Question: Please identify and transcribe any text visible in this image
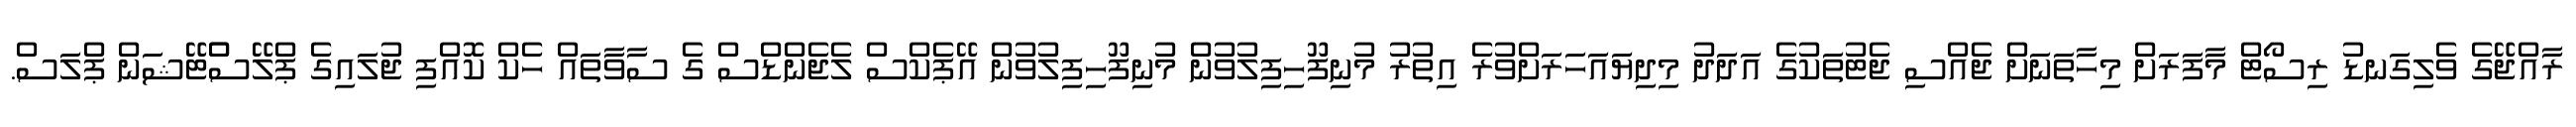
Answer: ރާއްޖޭގެ ވެލިގަނޑު ރިސޯޓް މާފަރަށް މިހާތަނަށް ޖެއްސި ޖެޓުތަކުގެ އަދަދު މިދިޔައަހަރަށްވުރެ އިތުރު މުނިފޫހިފިލުވުން މުނިފޫހިފިލުވުން އޭޕެކްސް ލެޖެންޑްސް ގެ ސާވާތައް ހެކް ކޮއްފި ޖުލައިގެ ޕްލޭސްްޓޭޝަން ޕްލަސް.